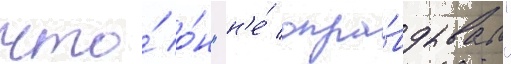
что́ о́н "н'е́ опра́вдывал"